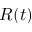
R ( t )